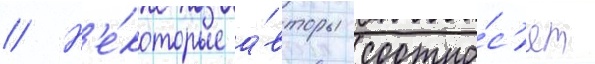
// Н'е́которые а́вторы соотно́с'ят